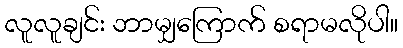
လူလူချင်း ဘာမျှကြောက် စရာမလိုပါ။